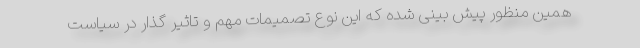
همین منظور پیش بینی شده که این نوع تصمیمات مهم و تاثیر گذار در سیاست